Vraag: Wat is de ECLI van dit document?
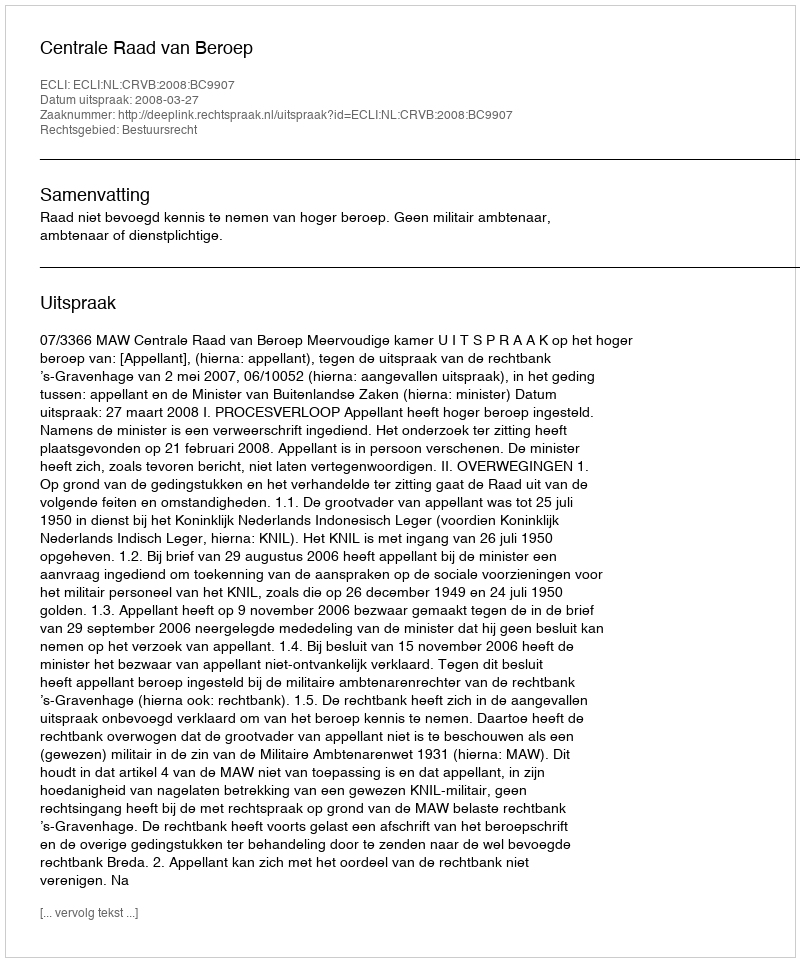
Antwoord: ECLI:NL:CRVB:2008:BC9907